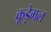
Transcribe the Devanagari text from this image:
कूड़ेमल